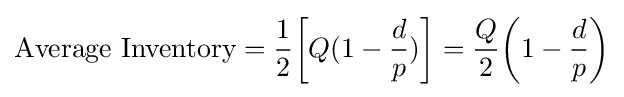
{\text{Average Inventory}}={\frac {1}{2}}{\bigg [}Q(1-{\frac {d}{p}}){\bigg ]}={\frac {Q}{2}}{\bigg (}1-{\frac {d}{p}}{\bigg )}